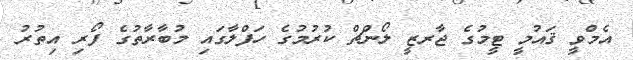
އެމްވީ ޤައުމީ ޓީމުގެ ޖާރޒީ ލޯންޗް ކުރުމުގެ ހަފްލާގައި މުބާރާތުގެ ފޯރި އިތުރު